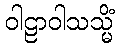
ဝါဠာဝါသသ္မိံ